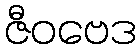
ဇီဝဗေဒ